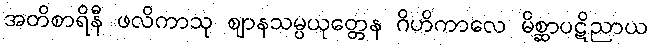
အတိစာရိနီ ဖလိကာသု ဈာနသမ္ပယုတ္တေန ဂိဟိကာလေ မိစ္ဆာပဋိညာယ